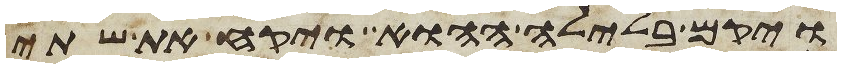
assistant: ויקם בלילה ההוא ויקח את שתי